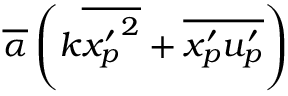
\overline { { \alpha } } \left( k \overline { { { x _ { p } ^ { \prime } } ^ { 2 } } } + \overline { { x _ { p } ^ { \prime } u _ { p } ^ { \prime } } } \right)